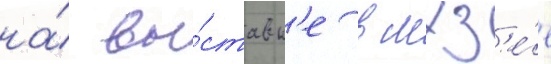
на́ вы́ставк'е в муз'е́е